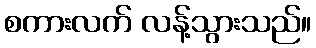
စကားလက် လန့်သွားသည်။